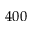
4 0 0